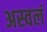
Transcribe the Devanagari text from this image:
अस्वलं